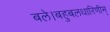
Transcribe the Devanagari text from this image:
बले।बहुबलधारिणीम्